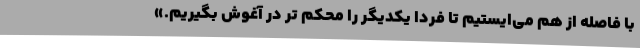
با فاصله از هم می‌ایستیم تا فردا یکدیگر را محکم تر در آغوش بگیریم.»